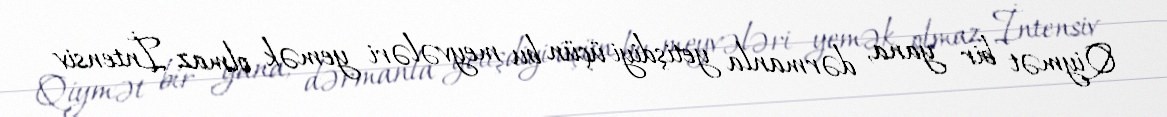
Qiymət bir yana, dərmanla yetişdiyi üçün bu meyvələri yemək olmaz İntensiv